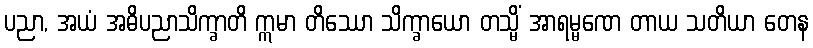
ပညာ, အယံ အဓိပညာသိက္ခာတိ ဣမာ တိဿော သိက္ခာယော တသ္မိံ အာရမ္မဏေ တာယ သတိယာ တေန